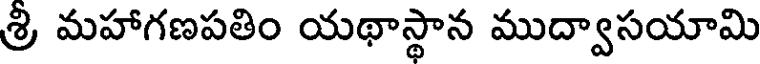
శ్రి మహాగణపతిం యథాస్థాన ముద్వాసయామి